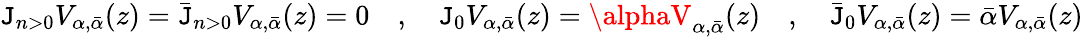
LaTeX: \mathtt{J}_{n>0}V_{\alpha,{\bar{{\alpha}}}}(z)={\bar{{\mathtt{J}}}}_{n>0}V_{\alpha,{\bar{{\alpha}}}}(z)=0\quad,\quad\mathtt{J}_{0}V_{\alpha,{\bar{{\alpha}}}}(z)=\alphaV_{\alpha,{\bar{{\alpha}}}}(z)\quad,\quad{\bar{{\mathtt{J}}}}_{0}V_{\alpha,{\bar{{\alpha}}}}(z)={\bar{{\alpha}}}V_{\alpha,{\bar{{\alpha}}}}(z)